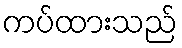
ကပ်ထားသည်